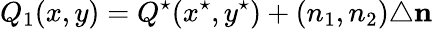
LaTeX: Q_{1}(x,y)=Q^{\star}(x^{\star},y^{\star})+(n_{1},n_{2})\triangle\mathbf{n}